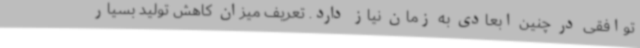
توافقی در چنین ابعادی به زمان نیاز دارد. تعریف میزان کاهش تولید بسیار